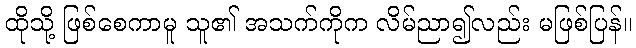
ထိုသို့ ဖြစ်စေကာမူ သူ၏ အသက်ကိုက လိမ်ညာ၍လည်း မဖြစ်ပြန်။